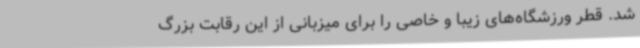
شد. قطر ورزشگاه‌های زیبا و خاصی را برای میزبانی از این رقابت بزرگ